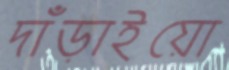
দাঁড়াইয়ো